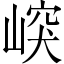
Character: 㟮